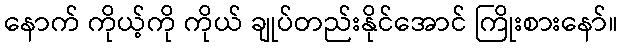
နောက် ကိုယ့်ကို ကိုယ် ချုပ်တည်းနိုင်အောင် ကြိုးစားနော်။